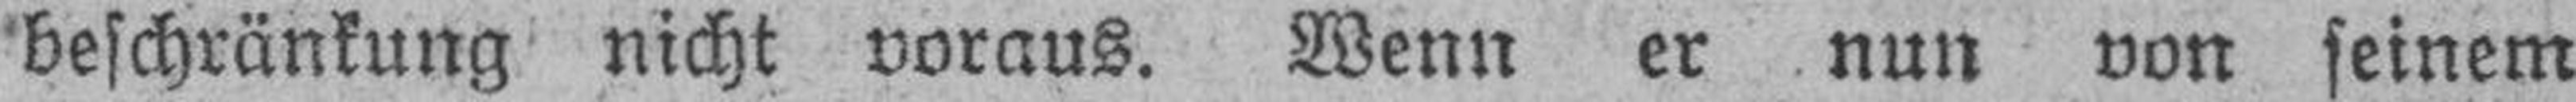
beschränkung nicht voraus. Wenn er nun von seinem